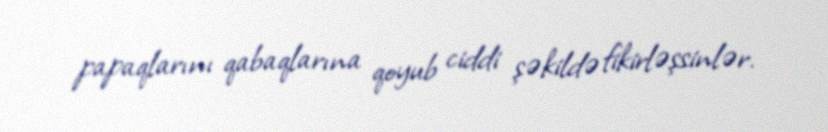
papaqlarını qabaqlarına qoyub ciddi şəkildə fikirləşsinlər.